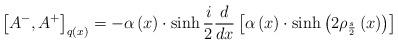
LaTeX: \begin{align*}\left[ A^{-},A^{+}\right] _{q\left( x\right) }=-\alpha\left( x\right) \cdot \sinh {}\frac i2\frac d{dx}\left[\alpha \left(x\right) \cdot \sinh \left( 2\rho _{\frac s2}\left( x\right)\right) \right]\end{align*}